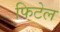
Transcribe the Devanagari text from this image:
फिटेल